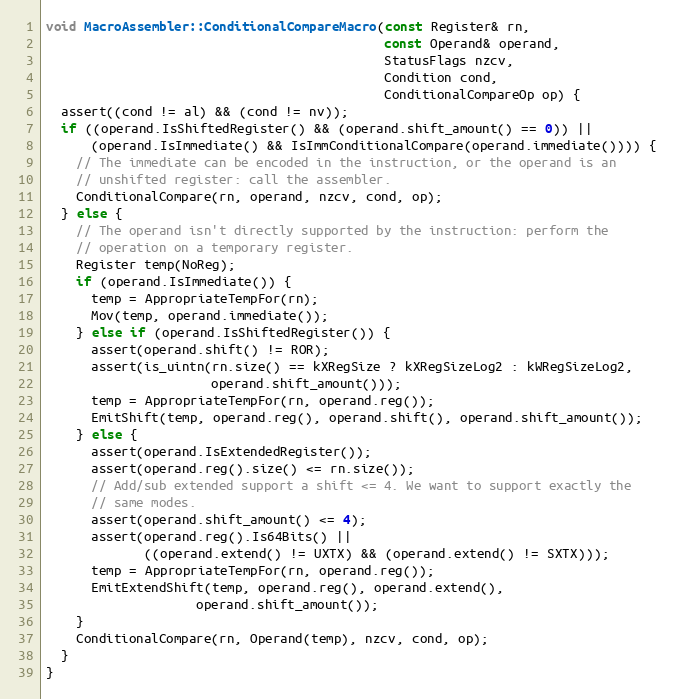
Language: C++
void MacroAssembler::ConditionalCompareMacro(const Register& rn,
                                             const Operand& operand,
                                             StatusFlags nzcv,
                                             Condition cond,
                                             ConditionalCompareOp op) {
  assert((cond != al) && (cond != nv));
  if ((operand.IsShiftedRegister() && (operand.shift_amount() == 0)) ||
      (operand.IsImmediate() && IsImmConditionalCompare(operand.immediate()))) {
    // The immediate can be encoded in the instruction, or the operand is an
    // unshifted register: call the assembler.
    ConditionalCompare(rn, operand, nzcv, cond, op);
  } else {
    // The operand isn't directly supported by the instruction: perform the
    // operation on a temporary register.
    Register temp(NoReg);
    if (operand.IsImmediate()) {
      temp = AppropriateTempFor(rn);
      Mov(temp, operand.immediate());
    } else if (operand.IsShiftedRegister()) {
      assert(operand.shift() != ROR);
      assert(is_uintn(rn.size() == kXRegSize ? kXRegSizeLog2 : kWRegSizeLog2,
                      operand.shift_amount()));
      temp = AppropriateTempFor(rn, operand.reg());
      EmitShift(temp, operand.reg(), operand.shift(), operand.shift_amount());
    } else {
      assert(operand.IsExtendedRegister());
      assert(operand.reg().size() <= rn.size());
      // Add/sub extended support a shift <= 4. We want to support exactly the
      // same modes.
      assert(operand.shift_amount() <= 4);
      assert(operand.reg().Is64Bits() ||
             ((operand.extend() != UXTX) && (operand.extend() != SXTX)));
      temp = AppropriateTempFor(rn, operand.reg());
      EmitExtendShift(temp, operand.reg(), operand.extend(),
                    operand.shift_amount());
    }
    ConditionalCompare(rn, Operand(temp), nzcv, cond, op);
  }
}